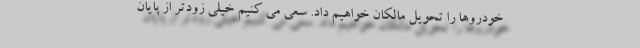
خودروها را تحویل مالکان خواهیم داد. سعی می کنیم خیلی زودتر از پایان